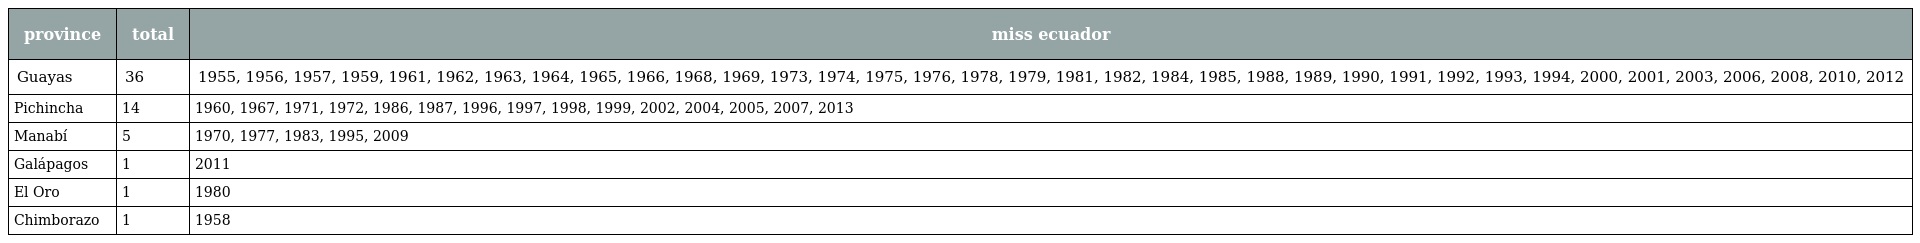
| province | total | miss ecuador |
 | --- | --- | --- |
 | Guayas | 36 | 1955, 1956, 1957, 1959, 1961, 1962, 1963, 1964, 1965, 1966, 1968, 1969, 1973, 1974, 1975, 1976, 1978, 1979, 1981, 1982, 1984, 1985, 1988, 1989, 1990, 1991, 1992, 1993, 1994, 2000, 2001, 2003, 2006, 2008, 2010, 2012 |
 | Pichincha | 14 | 1960, 1967, 1971, 1972, 1986, 1987, 1996, 1997, 1998, 1999, 2002, 2004, 2005, 2007, 2013 |
 | Manabí | 5 | 1970, 1977, 1983, 1995, 2009 |
 | Galápagos | 1 | 2011 |
 | El Oro | 1 | 1980 |
 | Chimborazo | 1 | 1958 |